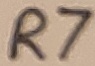
Text: R7